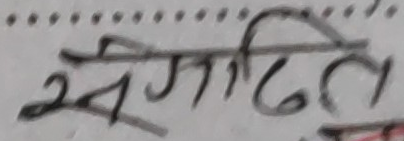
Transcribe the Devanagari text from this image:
संगीत